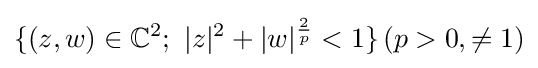
\{(z,w)\in \mathbb {C} ^{2};~|z|^{2}+|w|^{\frac {2}{p}}<1\}\,(p>0,\neq 1)